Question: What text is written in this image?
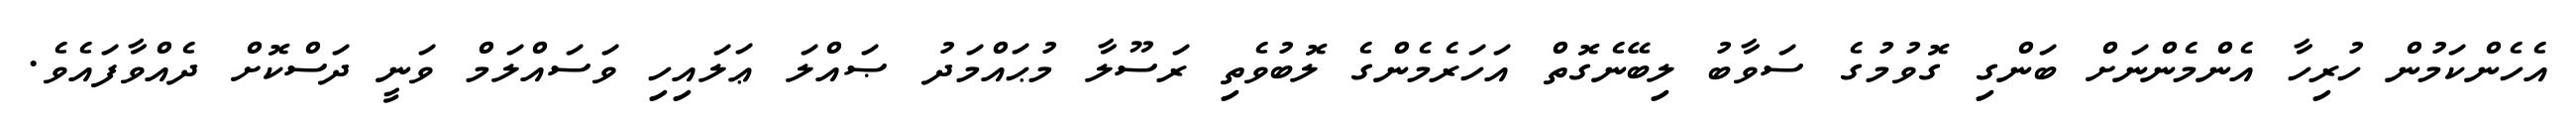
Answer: އެހެންކަމުން ހުރިހާ އެންމެންނަށް ބަންގި ގޮވުމުގެ ސަވާބު ލިބޭނެގޮތް އަހަރެމެންގެ ލޮބުވެތި ރަސޫލާ މުޙައްމަދު ޞައްލަ ޢަލައިހި ވަސައްލަމް ވަނީ ދަސްކޮށް ދެއްވާފައެވެ.